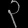
Digit: ၃